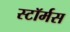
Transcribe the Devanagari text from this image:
स्टॉर्मस